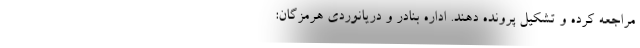
مراجعه کرده و تشکیل پرونده دهند. اداره بنادر و دریانوردی هرمزگان: